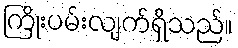
ကြိုးပမ်းလျက်ရှိသည်။